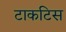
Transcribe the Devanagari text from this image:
टाकटिस